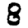
Digit: 8